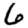
Digit: 6